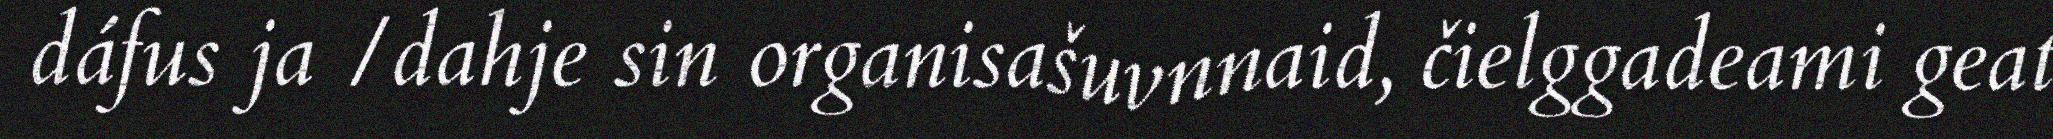
dáfus ja /dahje sin organisašuvnnaid, čielggadeami geat